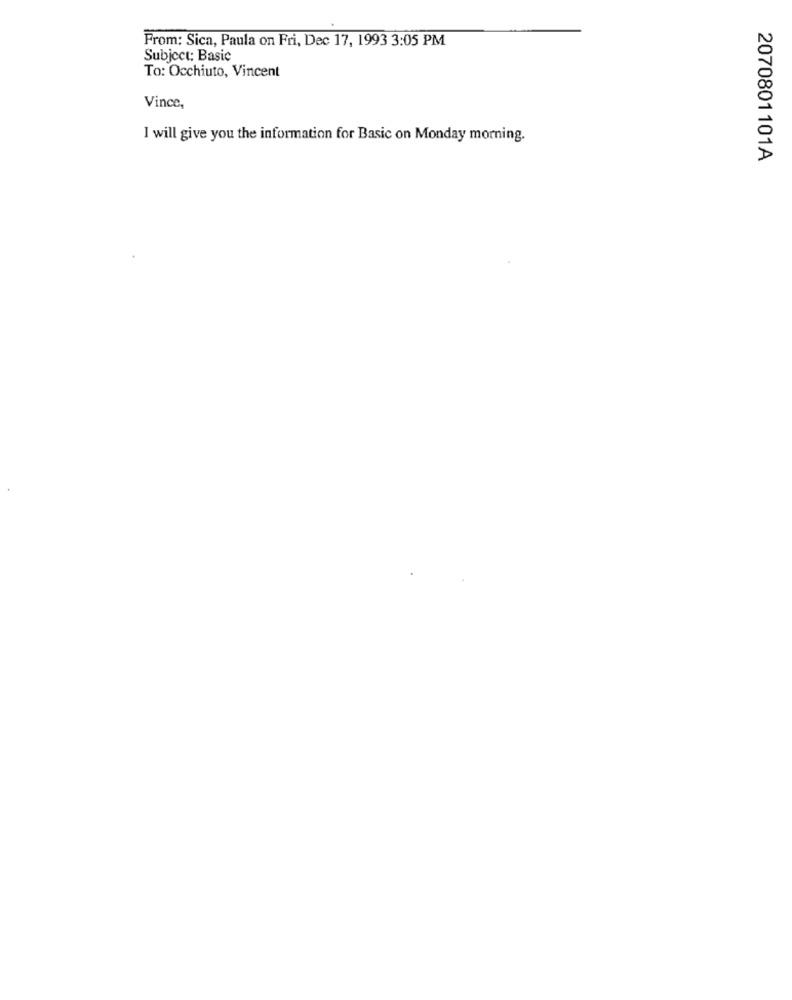
From: Sica, Paula on Fri, Dec 17, 1993 3:05 PM
Subject: Basic
To: Occhiuto, Vincent
Vince,
I will give you the information for Basic on Monday morning.
2070801101A